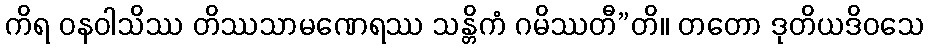
ကိရ ဝနဝါသိဿ တိဿသာမဏေရဿ သန္တိကံ ဂမိဿတီ”တိ။ တတော ဒုတိယဒိဝသေ